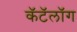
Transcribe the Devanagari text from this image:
कॅटॅलॉग